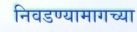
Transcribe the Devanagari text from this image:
निवडण्यामागच्या